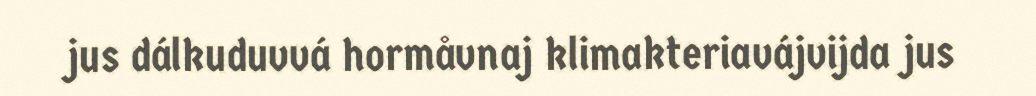
jus dálkuduvvá hormåvnaj klimakteriavájvijda jus